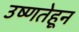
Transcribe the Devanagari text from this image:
उष्णतेहून